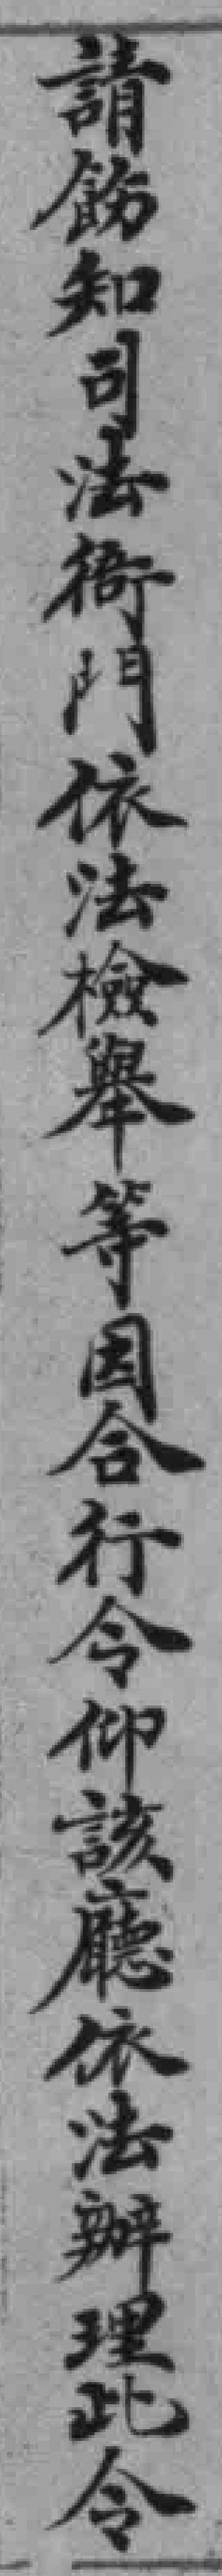
請飾知司法衙門依法檢舉等因合行令仰該廳依法辦理此令